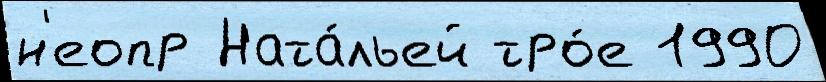
н'еопр Ната́льей тро́е 1990